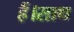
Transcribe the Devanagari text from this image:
हैं।साथ